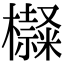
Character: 𣟍